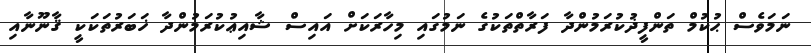
ނަމަވެސް ޙުކުމް ތަންފީޛުކުރަމުންދާ ފަރާތްތަކުގެ ނަމުގައި މިހާރަކަށް އައިސް ޝާއިޢުކުރަމުންދާ ޚަބަރުތަކަކީ ޤާނޫނާއި